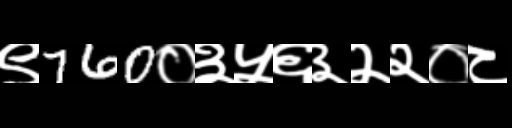
Text: ९760०३५६३२२०८